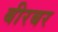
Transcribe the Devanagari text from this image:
बीरबर